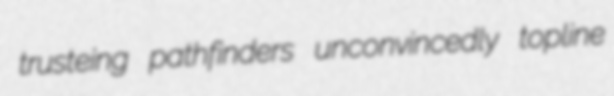
trusteing pathfinders unconvincedly topline